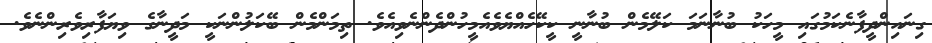
ގިނައިންދީފާނެކަމުގައި މީހަކު ބުނާނަމަ ކަލޭމެން ބުނާނީ ކީކޭހެއްޔެވެއެމީހުންދެންނެވިއެވެ. ތިމަންމެން ބޭކަލުންނަކީ މަދީނާގެ ވިޔަފާރިވެރިންނެވެ.